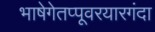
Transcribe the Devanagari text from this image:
भाषेगेतप्पूवरयारगंदा